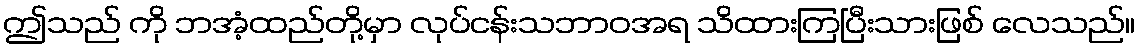
ဤသည် ကို ဘအံ့ထည်တို့မှာ လုပ်ငန်းသဘာဝအရ သိထားကြပြီးသားဖြစ် လေသည်။